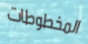
المخطوطات